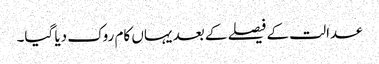
عدالت کے فیصلے کے بعد یہاں کام روک دیا گیا۔